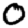
Digit: 0